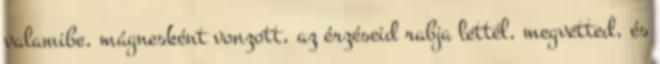
valamibe, mágnesként vonzott, az érzéseid rabja lettél, megvetted, és